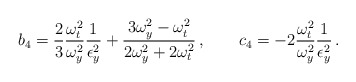
\begin{align*}b_4 = \frac{2}{3} \frac{\omega_t^2}{\omega_y^2} \frac{1}{\epsilon_y^2} + \frac{3\omega_y^2-\omega_t^2}{2\omega_y^2 + 2\omega_t^2}\,,\qquad c_4 = - 2 \frac{\omega_t^2}{\omega_y^2} \frac{1}{\epsilon_y^2}\,.\end{align*}